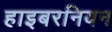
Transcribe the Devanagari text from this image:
हाइबरनियन